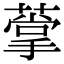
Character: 𦺡